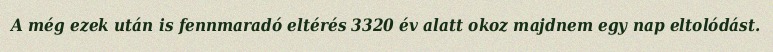
A még ezek után is fennmaradó eltérés 3320 év alatt okoz majdnem egy nap eltolódást.